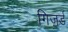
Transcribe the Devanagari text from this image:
गिज़र्ड